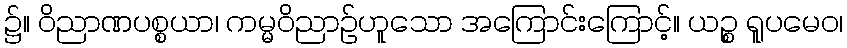
၌။ ဝိညာဏပစ္စယာ၊ ကမ္မဝိညာဉ်ဟူသော အကြောင်းကြောင့်။ ယဉ္စ ရူပမေဝ၊